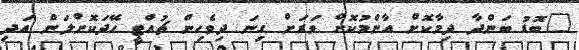
"ބޮޑު ބަންދާ ދިމާކޮށް އާންމުކޮށް ވަރަށް ގިނަ ދިވެހިން ޗުއްޓީ ހޭދަކޮށްލަން އަދި